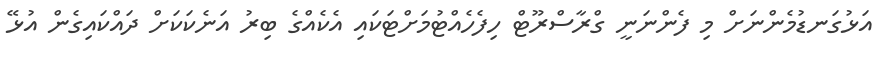
އަޅުގަނޑުމެންނަށް މި ފެންނަނީ ގްރާސްރޫޓް ހިފެހެއްޓުމަށްޓަކައި އެކެއްގެ ބިރު އަނެކަކަށް ދައްކައިގެން އުޅޭ